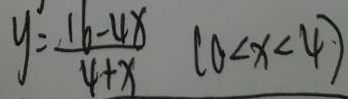
y = \frac { 1 6 - 4 x } { 4 + x } ( 0 < x < 4 )